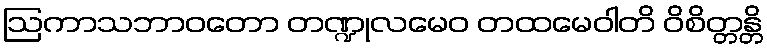
ဩကာသဘာဝတော တဏ္ဍုလမေဝ တထမေဝါတိ ဝိစိတ္တန္တိ